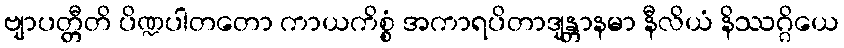
ဗျာပတ္တီတိ ပိဏ္ဍပါတတော ကာယကိစ္စံ အကာရပိတာဒျန္တာနမာ နီလိယံ နိဿဂ္ဂိယေ